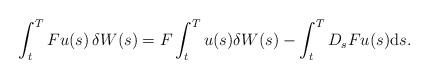
\begin{align*}\int_{t}^{T}Fu(s)\,\mathrm{\delta } W(s)=F\int_{t}^{T}u(s)\delta W(s)-\int_{t}^{T}D_{s}Fu(s)\mathrm{d}s.\end{align*}